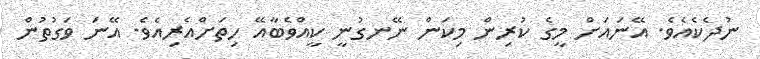
ނުދެކެއެވެ. އޭނައަށް މީގެ ކުރިން މިކަން ނޭނގުނީ ކީއްވެބާއޭ ހިތަށްއެރިއެވެ. އޭނަ ވަގުތުން